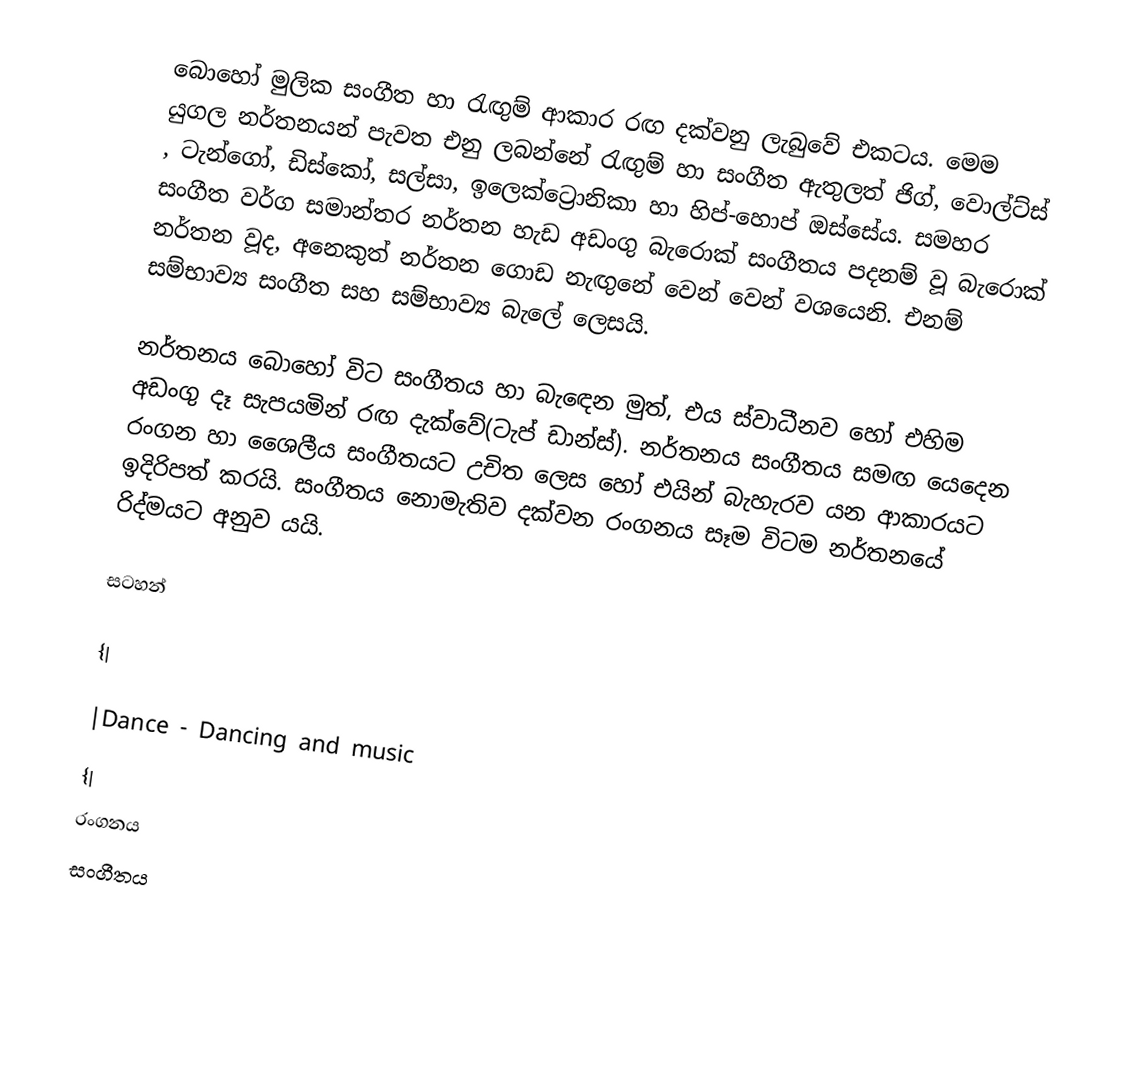
බොහෝ මුලික සංගීත හා රැඟුම් ආකාර රඟ දක්වනු ලැබු‍වේ එකටය. මෙම යුගල නර්තනයන් පැවත එනු ලබන්නේ රැඟුම් හා සංගීත ඇතුලත් ජිග්, වොල්ට්ස් , ටැන්ගෝ, ඩිස්කෝ, සල්සා, ඉලෙක්ට්‍රොනිකා හා හිප්-හොප් ඔස්සේය. සමහර සංගීත වර්ග සමාන්තර නර්තන හැඩ අඩංගු බැරොක් සංගීතය පදනම් වූ බැරොක් නර්තන වූද, අනෙකුත් නර්තන ගොඩ නැඟුනේ වෙන් වෙන් වශයෙනි. එනම් සම්භාව්‍ය සංගීත සහ සම්භාව්‍ය බැලේ ලෙසයි.

නර්තනය බොහෝ විට සංගීතය හා බැඳෙන මුත්, එය  ස්වාධීනව හෝ එහිම අඩංගු දෑ සැපයමින් රඟ දැක්වේ(ටැප් ඩාන්ස්). නර්තනය සංගීතය සමඟ යෙදෙන රංගන හා ශෛලීය සංගීතයට උචිත ලෙස හෝ එයින් බැහැරව යන ආකාරයට ඉදිරිපත් කරයි. සංගීතය නොමැතිව දක්වන රංගනය සෑම විටම නර්තනයේ රිද්මයට අනුව යයි.

සටහන්

{|

|Dance - Dancing and music
{|
රංගනය
සංගීතය